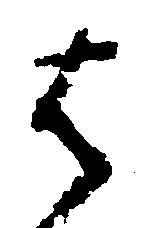
は